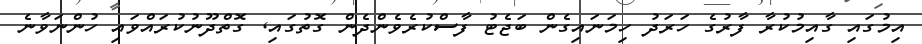
އިމުގައި ގާއިމުކުރާ ފާރުގެ ހަރަދު ހިމަނައިގެން ބަޖެޓު ފާސްކުރެވެންދެން ގޮތުގައި